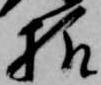
様